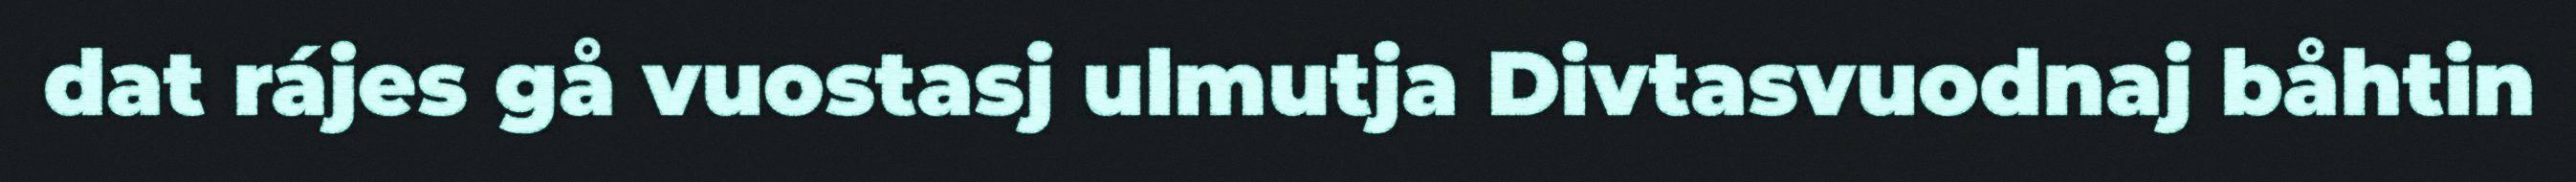
dat rájes gå vuostasj ulmutja Divtasvuodnaj båhtin